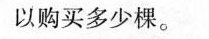
以购买多少棵。